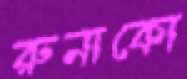
রুনাকো